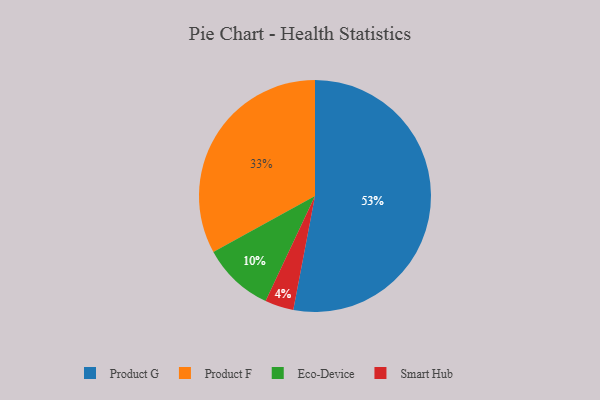
{"axis": {"x": "Category", "y": "Percentage"}, "legend": ["Eco-Device", "Product F", "Product G", "Smart Hub"], "data": [{"x": "Product F", "y": 33, "type": "Product F"}, {"x": "Product G", "y": 53, "type": "Product G"}, {"x": "Smart Hub", "y": 4, "type": "Smart Hub"}, {"x": "Eco-Device", "y": 10, "type": "Eco-Device"}]}